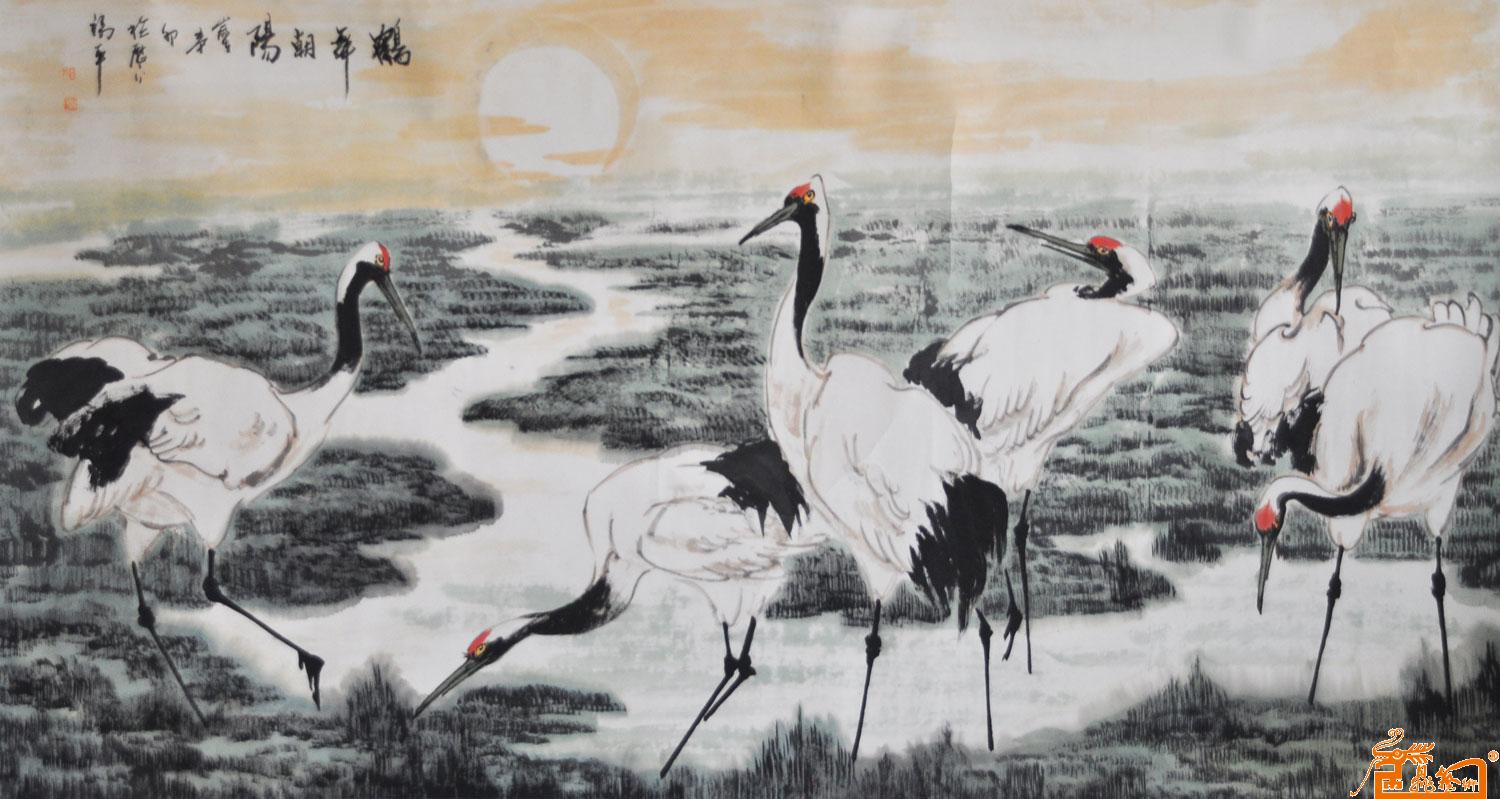
朝阳不再盛，白日忽西幽。